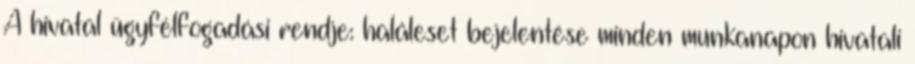
A hivatal ügyfélfogadási rendje: haláleset bejelentése minden munkanapon hivatali